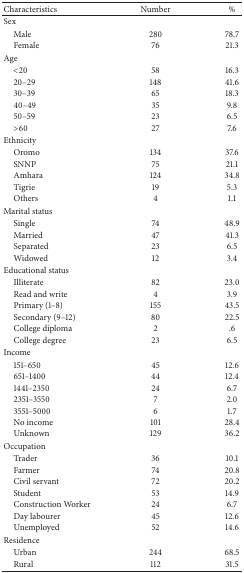
| Characteristics | Number | % |
 | --- | --- | --- |
 | Sex |  |  |
 | Male | 280 | 78.7 |
 | Female | 76 | 21.3 |
 | Age |  |  |
 | <20 | 58 | 16.3 |
 | 20–29 | 148 | 41.6 |
 | 30–39 | 65 | 18.3 |
 | 40–49 | 35 | 9.8 |
 | 50–59 | 23 | 6.5 |
 | >60 | 27 | 7.6 |
 | Ethnicity |  |  |
 | Oromo | 134 | 37.6 |
 | SNNP | 75 | 21.1 |
 | Amhara | 124 | 34.8 |
 | Tigrie | 19 | 5.3 |
 | Others | 4 | 1.1 |
 | Marital status |  |  |
 | Single | 74 | 48.9 |
 | Married | 47 | 41.3 |
 | Separated | 23 | 6.5 |
 | Widowed | 12 | 3.4 |
 | Educational status |  |  |
 | Illiterate | 82 | 23.0 |
 | Read and write | 4 | 3.9 |
 | Primary (1–8) | 155 | 43.5 |
 | Secondary (9–12) | 80 | 22.5 |
 | College diploma | 2 | .6 |
 | College degree | 23 | 6.5 |
 | Income |  |  |
 | 151–650 | 45 | 12.6 |
 | 651–1400 | 44 | 12.4 |
 | 1441–2350 | 24 | 6.7 |
 | 2351–3550 | 7 | 2.0 |
 | 3551–5000 | 6 | 1.7 |
 | No income | 101 | 28.4 |
 | Unknown | 129 | 36.2 |
 | Occupation |  |  |
 | Trader | 36 | 10.1 |
 | Farmer | 74 | 20.8 |
 | Civil servant | 72 | 20.2 |
 | Student | 53 | 14.9 |
 | Construction Worker | 24 | 6.7 |
 | Day labourer | 45 | 12.6 |
 | Unemployed | 52 | 14.6 |
 | Residence |  |  |
 | Urban | 244 | 68.5 |
 | Rural | 112 | 31.5 |